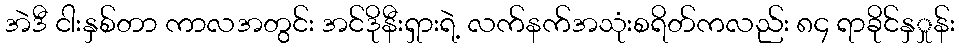
အဲဒီ ငါးနှစ်တာ ကာလအတွင်း အင်ဒိုနီးရှားရဲ့ လက်နက်အသုံးစရိတ်ကလည်း ၈၄ ရာခိုင်နှှုန်း